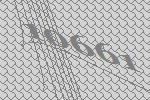
10661